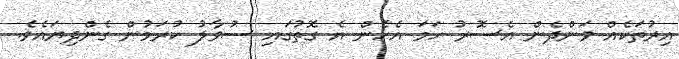
އިރުތަކެއް ވަންދެން އެސޮރު ހަމަ އެހެން އެ ގޮތުގައި ސުވާލު ކުރަމުން ގެންދިޔައެވެ.